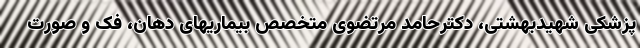
پزشکی شهیدبهشتی، دکترحامد مرتضوی متخصص بیماریهای دهان، فک و صورت